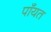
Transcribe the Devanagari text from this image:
पाँयत